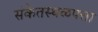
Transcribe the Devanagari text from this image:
संकेतस्थळपत्ता